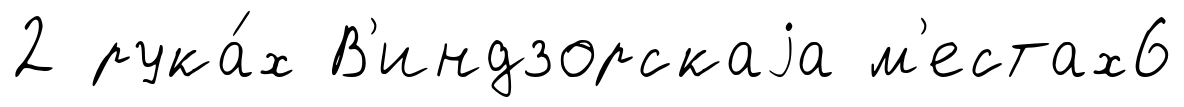
2 рука́х В'индзорскаjа м'естах6